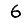
Digit: 6